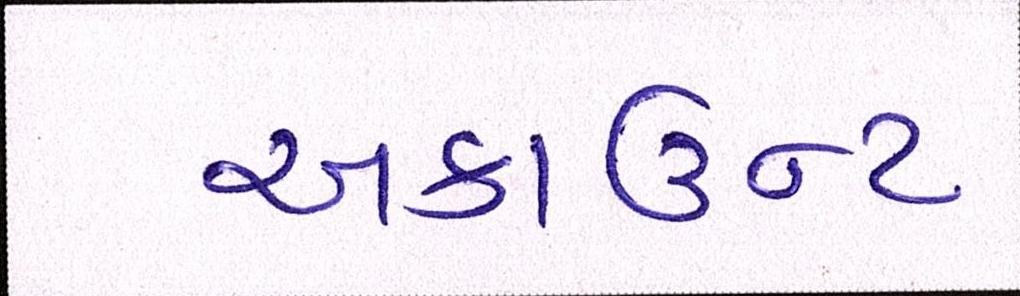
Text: અકાઉન્ટ